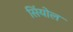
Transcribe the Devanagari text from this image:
सिंयोल